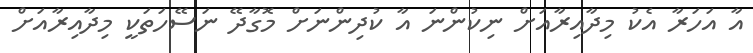
އާ އަހަރާ އެކު މިދާއިރާއަށް ނިކުންނަ އާ ކުދިންނަށް މޮގާދޭ ނަސޭހަތަކީ މިދާއިރާއަށް